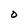
Character: O